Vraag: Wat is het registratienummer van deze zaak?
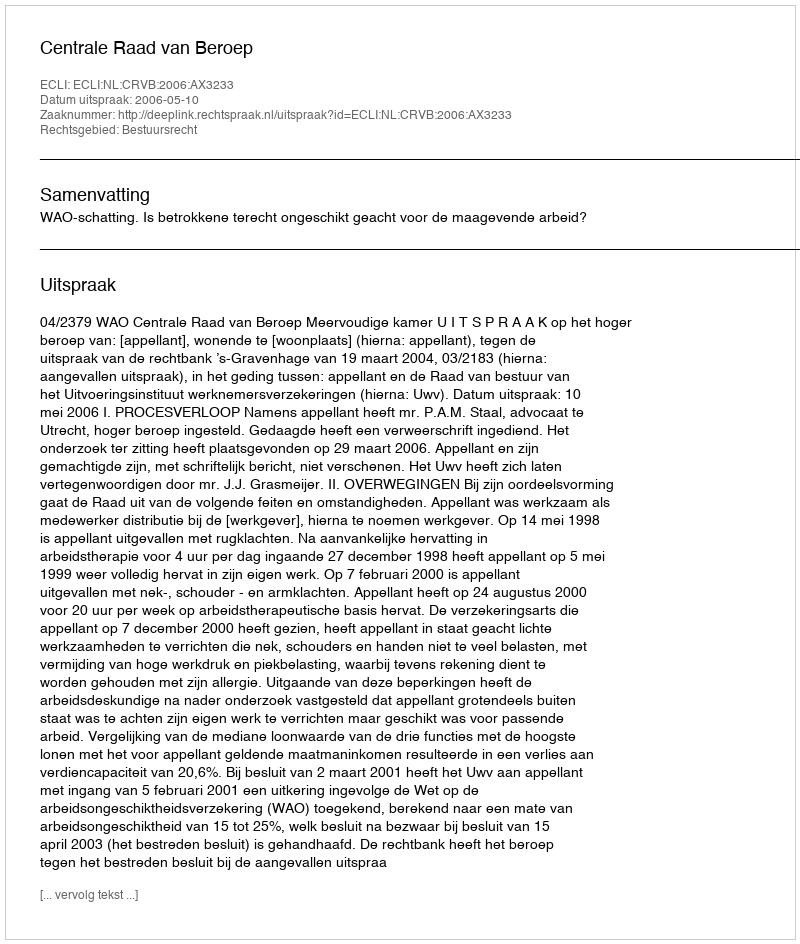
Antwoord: http://deeplink.rechtspraak.nl/uitspraak?id=ECLI:NL:CRVB:2006:AX3233